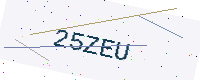
Text: 25ZEU